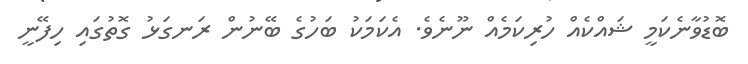
ބޮޑުވާނެކަމީ ޝައްކެއް ހުރިކަމެއް ނޫނެވެ. އެކަމަކު ބަހުގެ ބޭނުން ރަނގަޅު ގޮތުގައި ހިފޭނީ